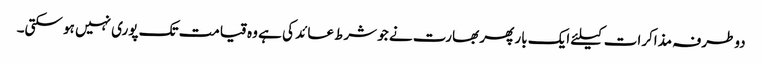
دوطرفہ مذاکرات کیلئے ایک بار پھر بھارت نے جو شرط عائد کی ہے وہ قیامت تک پوری نہیں ہو سکتی۔